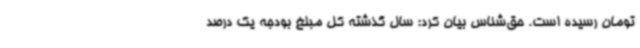
تومان رسیده است. حق‌شناس بیان کرد: سال گذشته کل مبلغ بودجه یک درصد